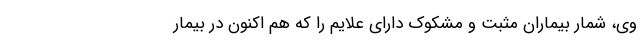
وی، شمار بیماران مثبت و مشکوک دارای علایم را که هم اکنون در بیمار